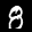
Label: 8